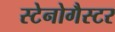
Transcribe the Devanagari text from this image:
स्टेनोगैस्टर